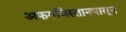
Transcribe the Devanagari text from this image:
अफगणिस्तानपासून